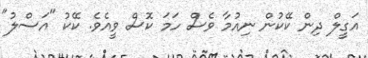
އަގީލް ދިން ކޭކުން ނިއުމާ ވެސް ހަމަ ކޮސް ވީއެވެ. ކޭކު "އަސްލު"